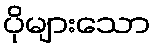
ပိုများသော